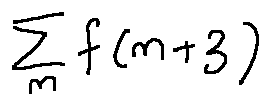
\sum \limits _ { m } f ( m + 3 )